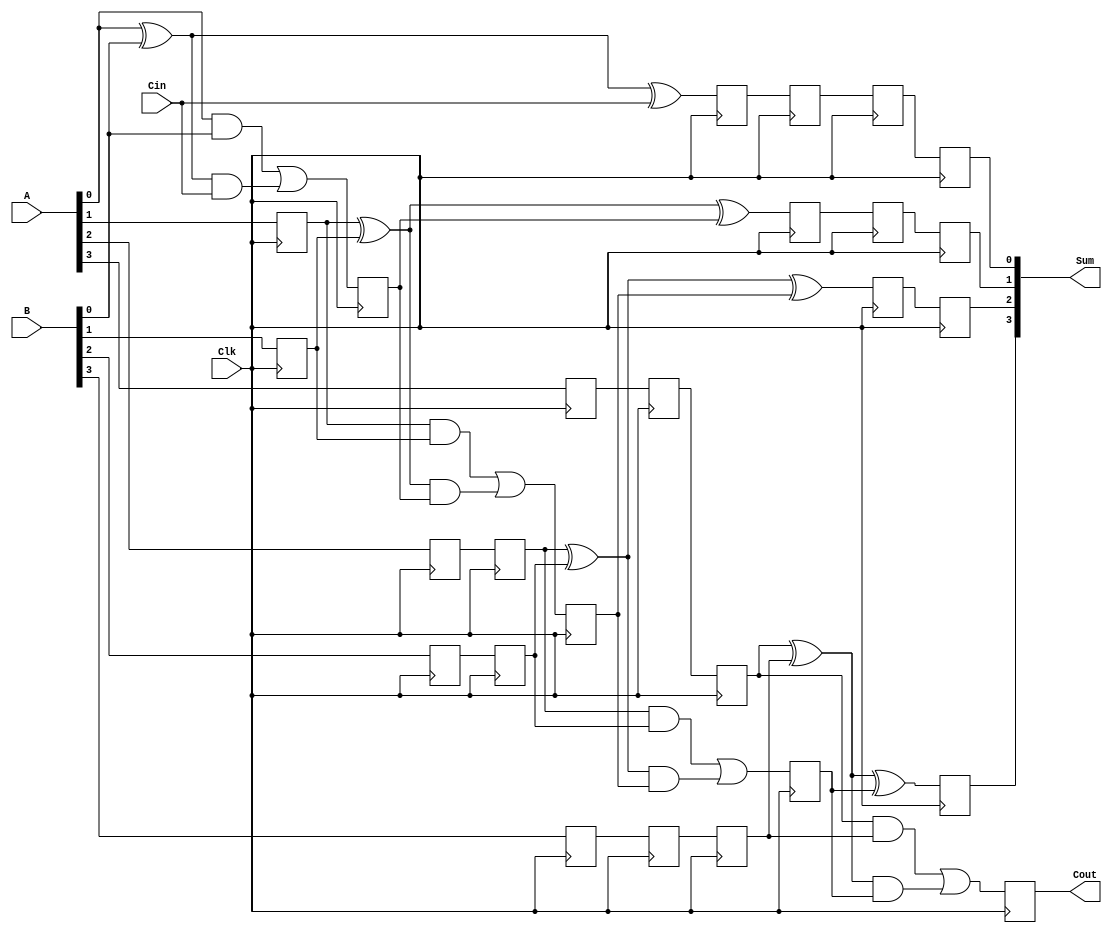
// This program was cloned from: https://github.com/Nilesh002/Pipelined_RCA
// License: MIT License

`timescale 1ns / 1ps

module pipe_rca4 (Cout,Sum,A,B,Cin,Clk);
input [3:0]A,B;
input Cin;
input Clk;
output [3:0]Sum;
output Cout;

reg l12_a1, l12_a2, l12_a3, l12_b1, l12_b2, l12_b3, l12_cin;
reg l12_sum0, l12_cout0;

reg l23_a2, l23_a3, l23_b2, l23_b3, l23_sum0;
reg l23_sum1, l23_cout1;

reg l34_a3, l34_b3, l34_sum0, l34_sum1;
reg l34_sum2, l34_cout2;

reg l45_sum0, l45_sum1, l45_sum2, l45_sum3, l45_cout3;

assign Sum={l45_sum3,l45_sum2,l45_sum1,l45_sum0};
assign Cout=l45_cout3;


always@(posedge Clk)
begin
    l12_a1<=A[1];
    l12_a2<=A[2];
    l12_a3<=A[3];

    l12_b1<=B[1];
    l12_b2<=B[2];
    l12_b3<=B[3];

    l12_cin<=Cin;

    l12_sum0<=A[0] ^ B[0] ^ Cin;
    l12_cout0<=(A[0] & B[0]) | ((A[0] ^ B[0]) & Cin);
end


always@(posedge Clk)
begin
    l23_a2<=l12_a2;
    l23_a3<=l12_a3;

    l23_b2<=l12_b2;
    l23_b3<=l12_b3;

    l23_sum0<=l12_sum0;

    l23_sum1<=l12_a1 ^ l12_b1 ^ l12_cout0;
    l23_cout1<=(l12_a1 & l12_b1) | ((l12_a1 ^ l12_b1) & l12_cout0);
end


always@(posedge Clk)
begin
    l34_a3<=l23_a3;

    l34_b3<=l23_b3;

    l34_sum0<=l23_sum0;
    l34_sum1<=l23_sum1;

    l34_sum2<=l23_a2 ^ l23_b2 ^ l23_cout1;
    l34_cout2<=(l23_a2 & l23_b2) | ((l23_a2 ^ l23_b2) & l23_cout1);
end

always@(posedge Clk)
begin
    l45_sum0<=l34_sum0;
    l45_sum1<=l34_sum1;
    l45_sum2<=l34_sum2;

    l45_sum3<=l34_a3 ^ l34_b3 ^ l34_cout2;
    l45_cout3<=(l34_a3 & l34_b3) | ((l34_a3 ^ l34_b3) & l34_cout2);
end


endmodule